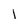
Character: I